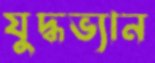
যুদ্ধভ্যান